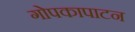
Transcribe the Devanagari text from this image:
गोपकापाटन